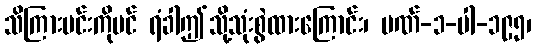
သိကြားမင်းကိုပင် ရံခါဤသို့သုံးစွဲထားကြောင်း၊ ပဏ်-၁-ပါ-၁၉၅၊